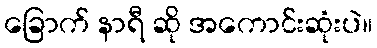
ခြောက် နာရီ ဆို အကောင်းဆုံးပဲ။